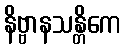
နိဗ္ဗာနသန္တိကေ